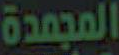
المجمدة